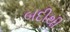
બદીથી